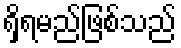
ရှိရမည်ဖြစ်သည်